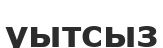
уытсыз